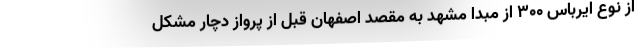
از نوع ایرباس ۳۰۰ از مبدا مشهد به مقصد اصفهان قبل از پرواز دچار مشکل